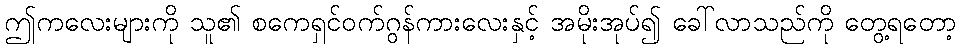
ဤကလေးများကို သူ၏ စကေရှင်ဝက်ဂွန်ကားလေးနှင့် အမိုးအုပ်၍ ခေါ်လာသည်ကို တွေ့ရတော့